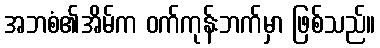
အဘစံ၏အိမ်က ဝက်ကုန်းဘက်မှာ ဖြစ်သည်။